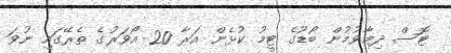
ޓޮސް ދިމާވުމުން ބޯޑުގެ ޓީމު ކުޅެން އަރާ 20 އޯވަރުގެ ތެރޭގައި ނުވަ